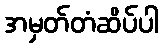
အမှတ်တံဆိပ်ပါ